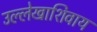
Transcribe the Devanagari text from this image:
उल्लेखाशिवाय